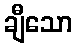
ချီသော